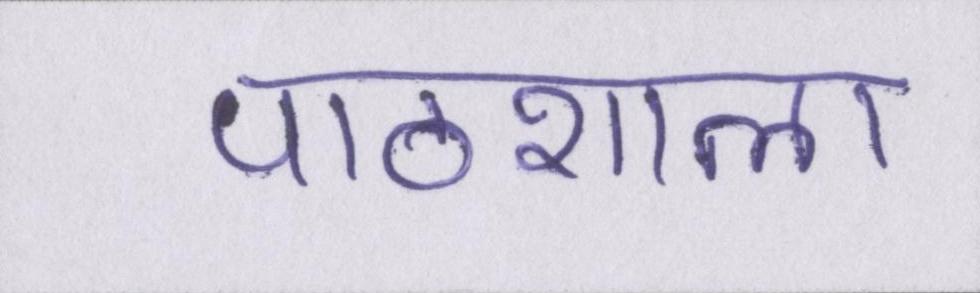
पाठशाला